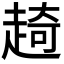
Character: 𧼘